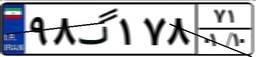
۹۵گ۹۰۲۸۸